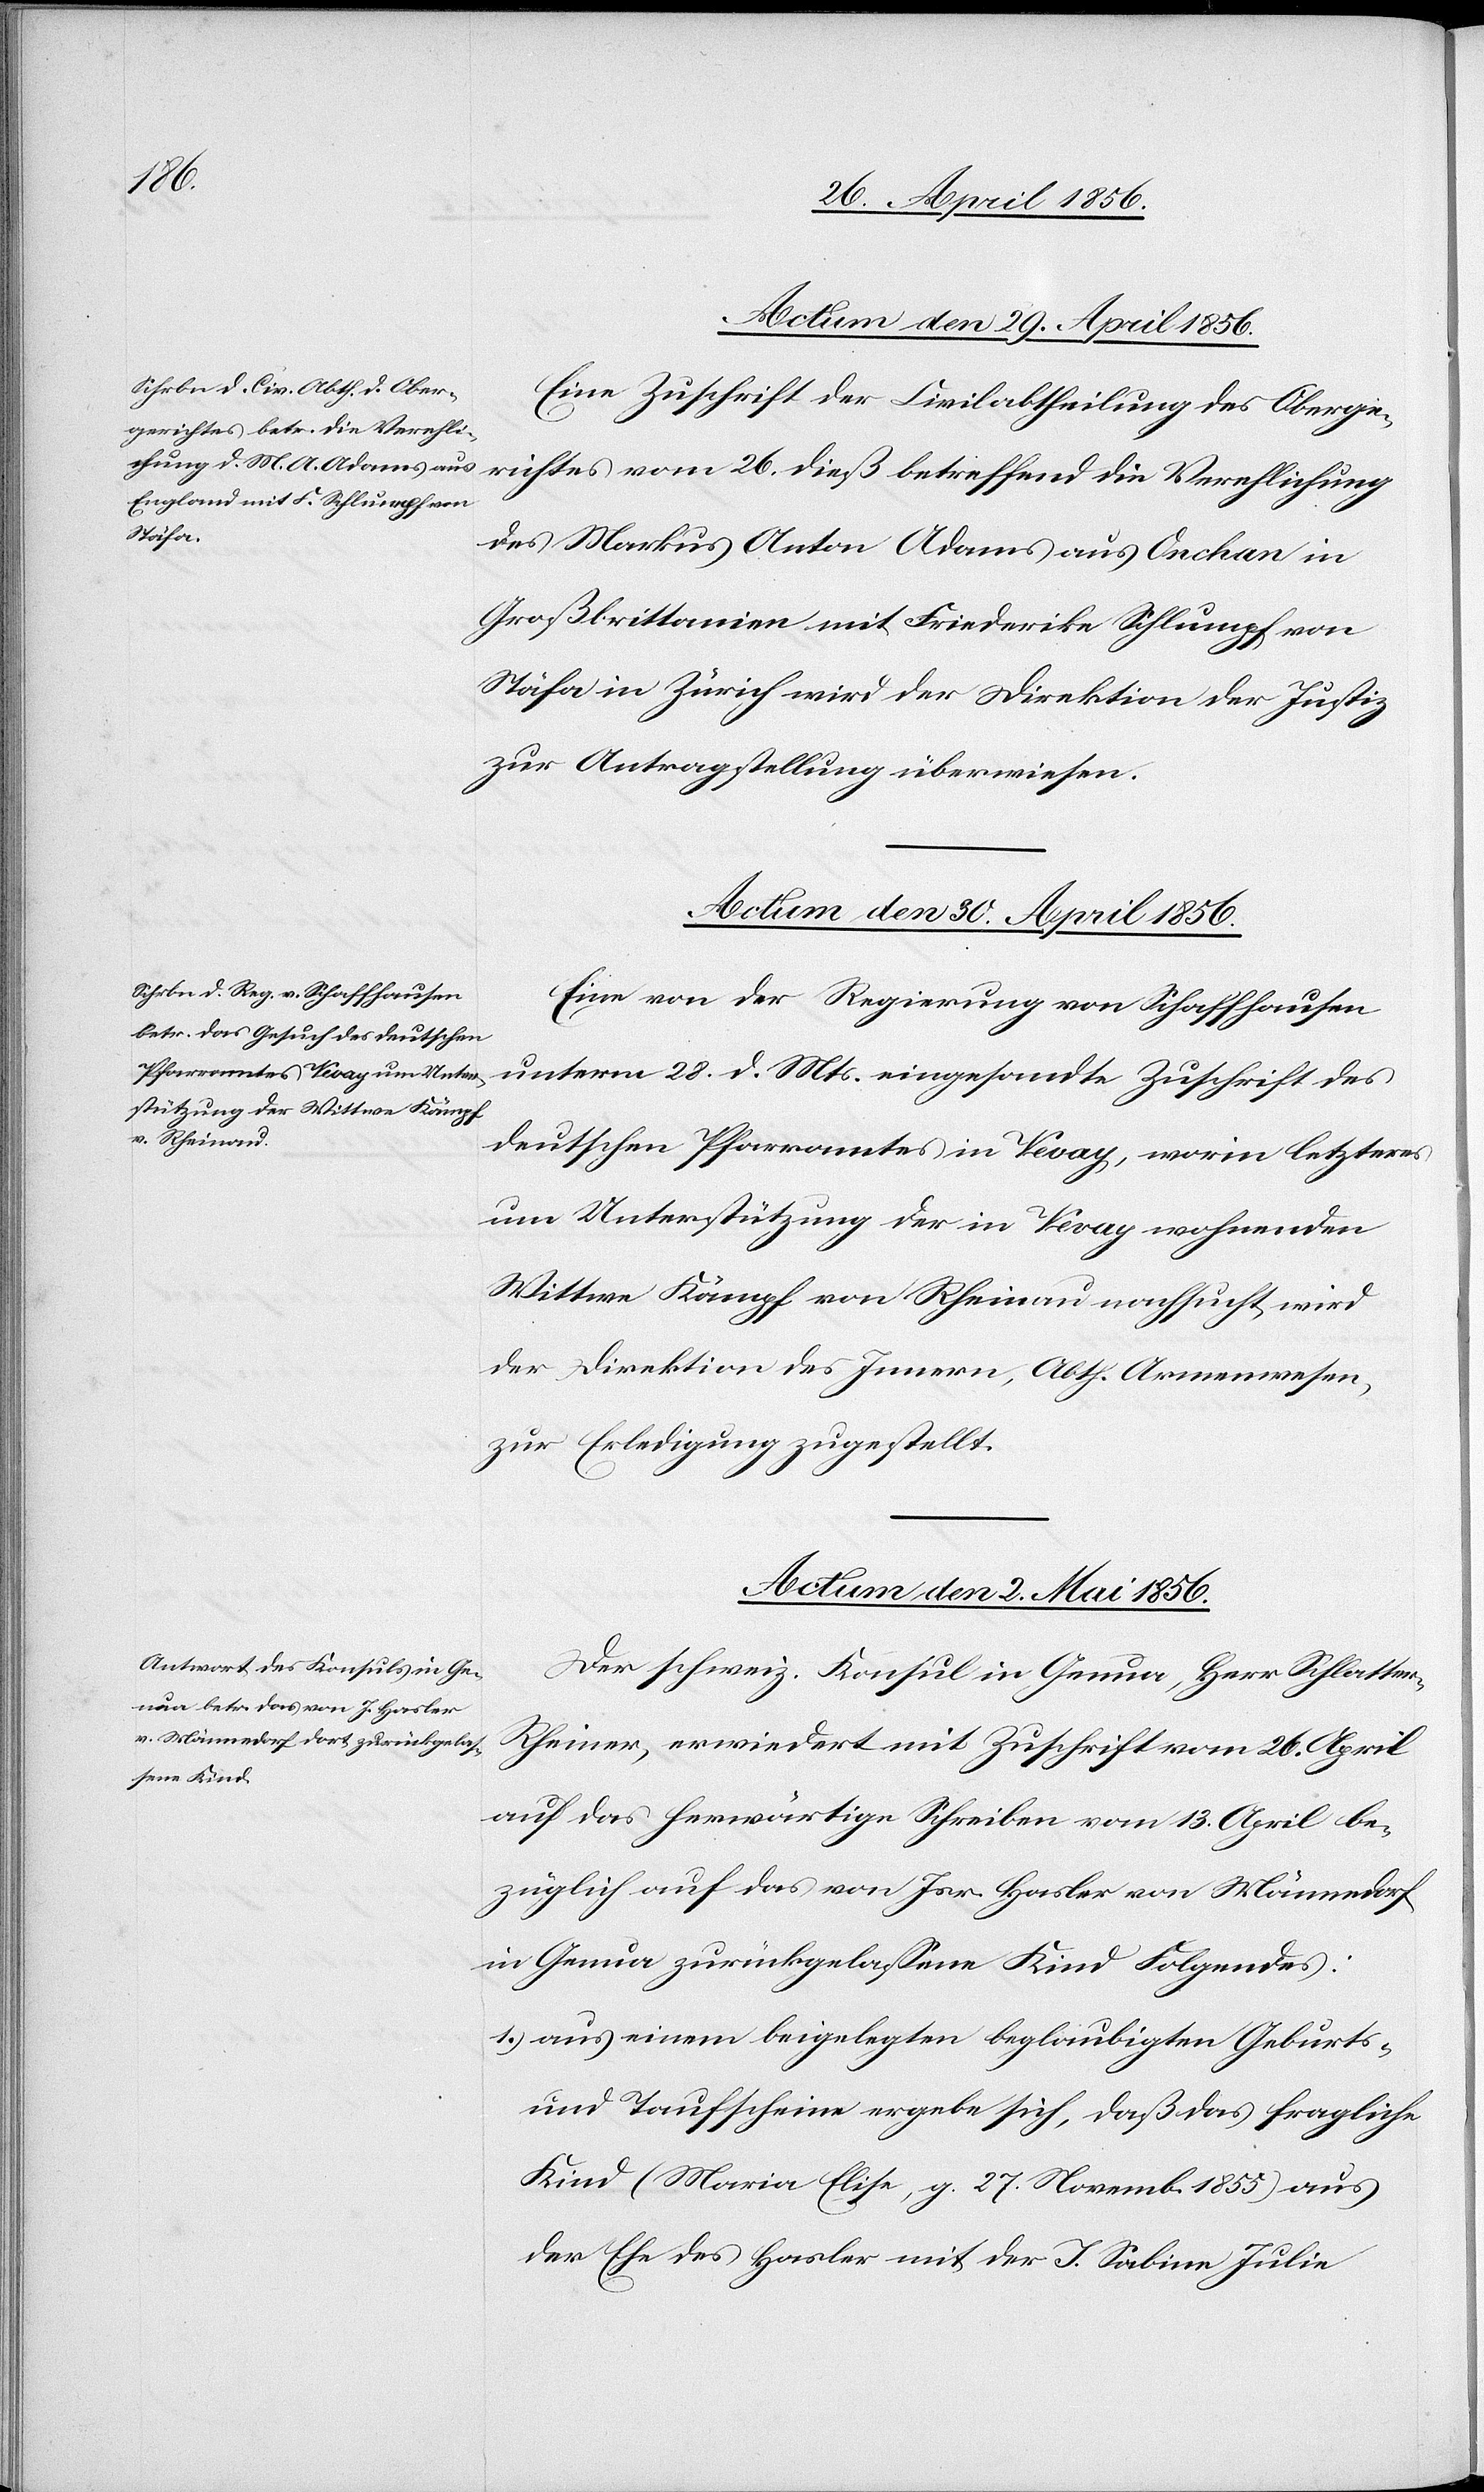
Actum den 29. April 1856.
Eine Zuschrift der Civilabtheilung des Oberge¬
richtes vom 26. dieß betreffend die Verehlichung
des Markus Anton Adams aus Onchan in
Großbrittanien mit Friederike Schlumpf von
Stäfa in Zürich wird der Direktion der Justiz
zur Antragstellung überwiesen.
Actum den 30. April 1856.
Eine von der Regierung von Schaffhausen
unterm 28. d. Mts. eingesandte Zuschrift des
deutschen Pfarramtes in Vevay, worin letztere
um Unterstützung der in Vevay wohnenden
Wittwe Kämpf von Rheinau nachsucht, wird
der Direktion des Innern, Abth. Armenwesen,
zur Erledigung zugestellt.
Actum den 2. Mai 1856.
Der schweiz. Konsul in Genua, Herr Schlatter-R¬
heiner, erwiedert mit Zuschrift vom 26. April
auf das herwärtige Schreiben vom 13. April be¬
züglich auf das von Isr. Hasler von Männedorf
in Genua zurückgelassene Kind Folgendes:
1.) aus einem beigelegten beglaubigten Geburts-
und Taufscheine ergebe sich, daß das fragliche
Kind (Maria Elise, g. 27. Novemb. 1855) aus
der Ehe des Hasler mit der J. Sabine Julie